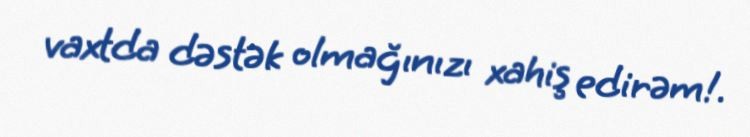
vaxtda dəstək olmağınızı xahiş edirəm!.